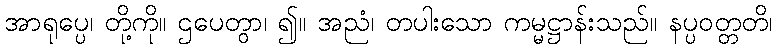
အာရုပ္ပေ၊ တို့ကို။ ဌပေတွာ၊ ၍။ အညံ၊ တပါးသော ကမ္မဋ္ဌာန်းသည်။ နပ္ပဝတ္တတိ၊